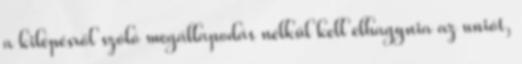
a kilépésről szóló megállapodás nélkül kell elhagynia az uniót,